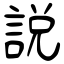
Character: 說